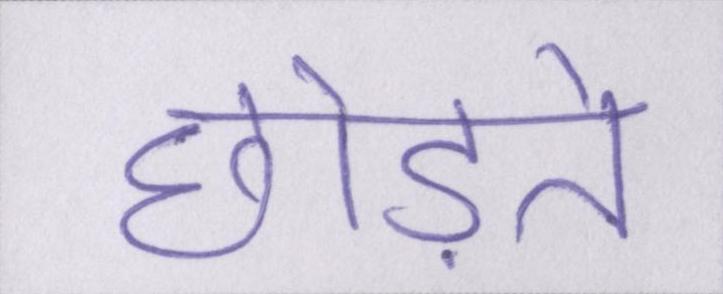
छोड़ते